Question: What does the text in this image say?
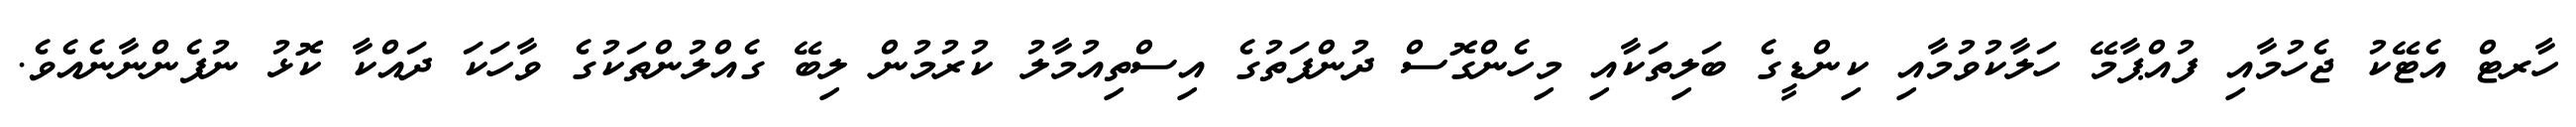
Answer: ހާރޓް އެޓޭކު ޖެހުމާއި ފުއްޕާމޭ ހަލާކުވުމާއި ކިންޑީގެ ބަލިތަކާއި މިހެންގޮސް ދުންފަތުގެ އިސްތިއުމާލު ކުރުމުން ލިބޭ ގެއްލުންތަކުގެ ވާހަކަ ދައްކާ ކޮޅު ނުފެންނާނެއެވެ.